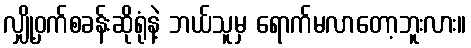
လျှို့ဝှက်စခန်းဆိုရုံနဲ့ ဘယ်သူမှ ရောက်မလာတော့ဘူးလား။